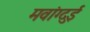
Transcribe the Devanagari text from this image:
मवांग्दुई